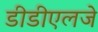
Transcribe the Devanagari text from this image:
डीडीएलजे